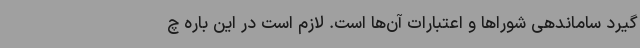
گیرد ساماندهی شوراها و اعتبارات آن‌ها است. لازم است در این باره چ